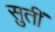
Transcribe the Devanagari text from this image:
सुतीं